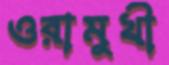
ওরামুখী